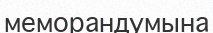
меморандумына